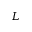
L